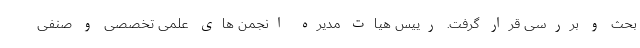
بحث و بررسی قرار گرفت. رییس هیات مدیره انجمن های علمی تخصصی و صنفی